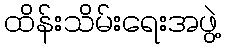
ထိန်းသိမ်းရေးအဖွဲ့